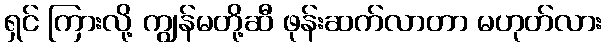
ရှင် ကြားလို့ ကျွန်မတို့ဆီ ဖုန်းဆက်လာတာ မဟုတ်လား